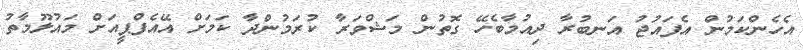
އެހެންކަމުން އެފައުޖު އަނބުރާ ދިއުމާބެހޭ ގޮތުން މަޝްވަރާ ކުރަމުންދާ ކަމަށް އޭއެފްޕީއަށް މައުލޫމާތު